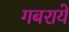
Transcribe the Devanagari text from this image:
गबराये